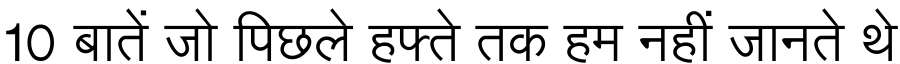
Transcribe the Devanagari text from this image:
10 बातें जो पिछले हफ्ते तक हम नहीं जानते थे